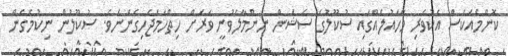
ކޮންމެއަކަސް އެކުވެރި މާހައުލެއްގައި ސުކޫލުގެ ސެޝަން ނިންމާލެވުނީ ވަރަށް ހިތްހަމަޖެހިގެންނެވެ. ސުކޫލުން ނިކުމެގެން